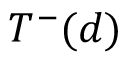
{ \cal T } ^ { - } ( d )